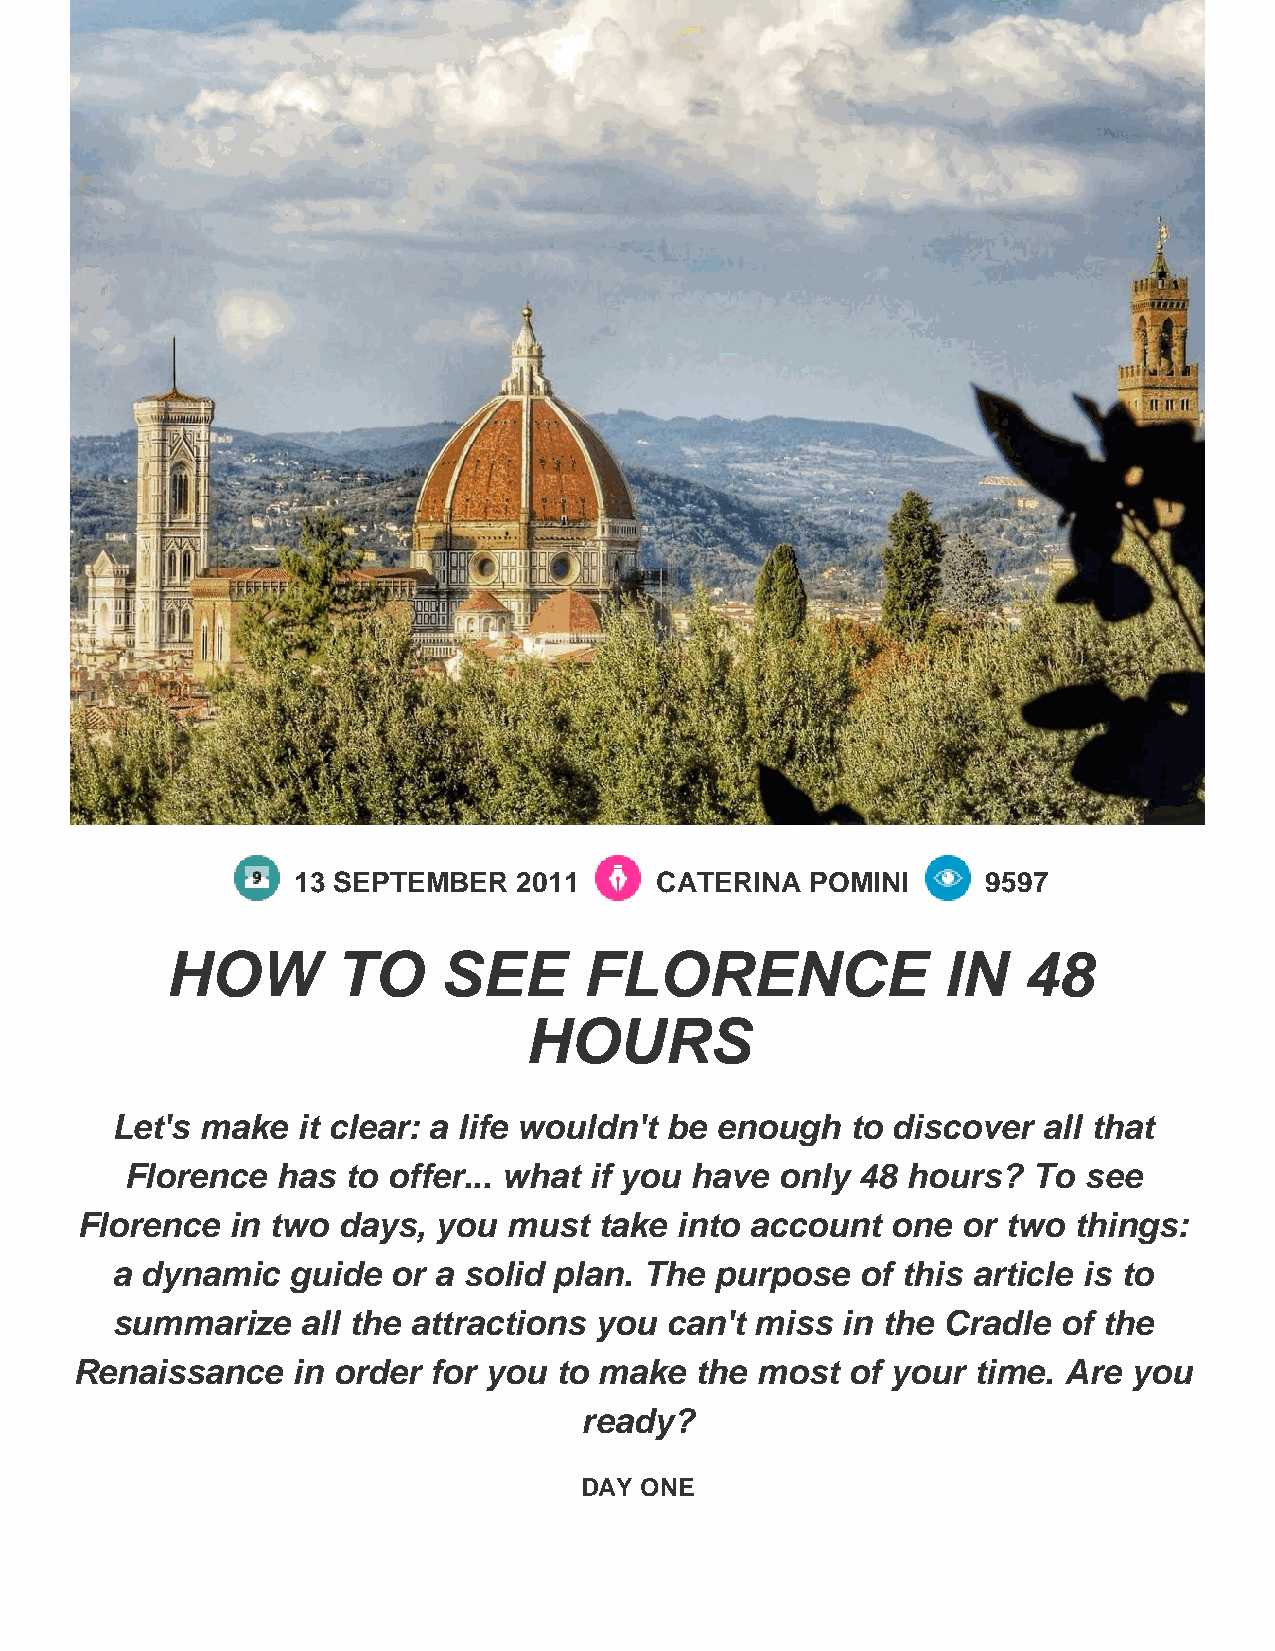
13 SEPTEMBER  2011     CATERINA   POMINI     9597
 HOW        TO     SEE       FLORENCE               IN    48
 HOURS
 Let's make   it clear: a life wouldn't be enough to discover  all that
 Florence  has  to offer... what if you have only 48 hours?  To  see
 Florence  in two days,  you  must  take into account  one  or two things:
 a dynamic   guide  or a solid plan. The purpose   of this article is to
 summarize    all the attractions you can't miss  in the Cradle of the
 Renaissance   in order for you  to make  the most  of your  time. Are you
 ready?
 DAY ONE